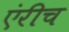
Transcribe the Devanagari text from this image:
एंरीच